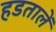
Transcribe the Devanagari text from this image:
हडतालें